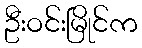
ဦးဝင်းမြိုင်က